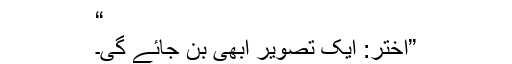
“
”اختر: ایک تصویر ابھی بن جائے گی۔